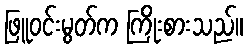
ဖြူဝင်းမွတ်က ကြိုးစားသည်။